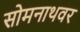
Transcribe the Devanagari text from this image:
सोमनाथवर